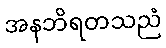
အနဘိရတသညံ